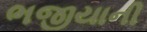
ભજીયાની